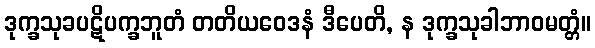
ဒုက္ခသုခပဋိပက္ခဘူတံ တတိယဝေဒနံ ဒီပေတိ, န ဒုက္ခသုခါဘာဝမတ္တံ။